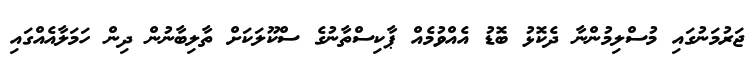
ޖަރުމަނުގައި މުސްލިމުންނާ ދެކޮޅު ބޮޑު އެއްވުމެއް ޕާކިސްތާނުގެ ސްކޫލަކަށް ތާލިބާނުން ދިން ހަމަލާއެއްގައި